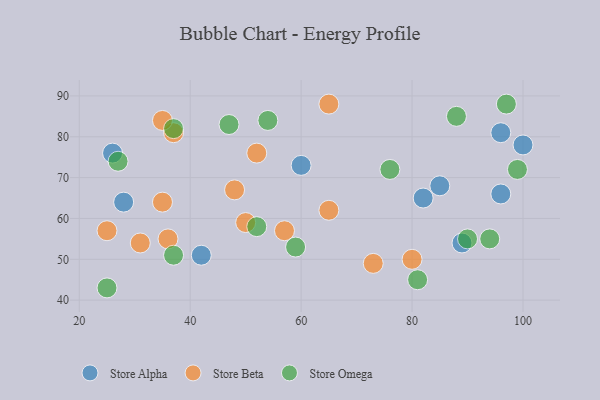
{"axis": {"x": "GDP", "y": "Life Expectancy"}, "legend": ["Store Alpha", "Store Beta", "Store Omega"], "data": [{"x": "28", "y": 64, "type": "Store Alpha"}, {"x": "26", "y": 76, "type": "Store Alpha"}, {"x": "96", "y": 81, "type": "Store Alpha"}, {"x": "85", "y": 68, "type": "Store Alpha"}, {"x": "96", "y": 66, "type": "Store Alpha"}, {"x": "42", "y": 51, "type": "Store Alpha"}, {"x": "82", "y": 65, "type": "Store Alpha"}, {"x": "89", "y": 54, "type": "Store Alpha"}, {"x": "100", "y": 78, "type": "Store Alpha"}, {"x": "60", "y": 73, "type": "Store Alpha"}, {"x": "31", "y": 54, "type": "Store Beta"}, {"x": "25", "y": 57, "type": "Store Beta"}, {"x": "57", "y": 57, "type": "Store Beta"}, {"x": "37", "y": 81, "type": "Store Beta"}, {"x": "50", "y": 59, "type": "Store Beta"}, {"x": "65", "y": 88, "type": "Store Beta"}, {"x": "80", "y": 50, "type": "Store Beta"}, {"x": "52", "y": 76, "type": "Store Beta"}, {"x": "36", "y": 55, "type": "Store Beta"}, {"x": "35", "y": 64, "type": "Store Beta"}, {"x": "35", "y": 84, "type": "Store Beta"}, {"x": "73", "y": 49, "type": "Store Beta"}, {"x": "65", "y": 62, "type": "Store Beta"}, {"x": "48", "y": 67, "type": "Store Beta"}, {"x": "27", "y": 74, "type": "Store Omega"}, {"x": "97", "y": 88, "type": "Store Omega"}, {"x": "88", "y": 85, "type": "Store Omega"}, {"x": "37", "y": 51, "type": "Store Omega"}, {"x": "94", "y": 55, "type": "Store Omega"}, {"x": "25", "y": 43, "type": "Store Omega"}, {"x": "54", "y": 84, "type": "Store Omega"}, {"x": "37", "y": 82, "type": "Store Omega"}, {"x": "90", "y": 55, "type": "Store Omega"}, {"x": "47", "y": 83, "type": "Store Omega"}, {"x": "81", "y": 45, "type": "Store Omega"}, {"x": "59", "y": 53, "type": "Store Omega"}, {"x": "76", "y": 72, "type": "Store Omega"}, {"x": "52", "y": 58, "type": "Store Omega"}, {"x": "99", "y": 72, "type": "Store Omega"}]}